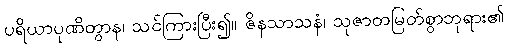
ပရိယာပုဏိတွာန၊ သင်ကြားပြီး၍။ ဇိနသာသနံ၊ သုဇာတမြတ်စွာဘုရား၏